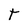
Character: T